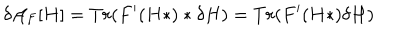
LaTeX: \delta { \cal A } _ { F } [ H ] = T r ( F ^ { \prime } ( H * ) * \delta H ) = T r ( F ^ { \prime } ( H * ) \delta H )